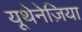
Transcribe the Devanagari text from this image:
यूथेनेज़िया